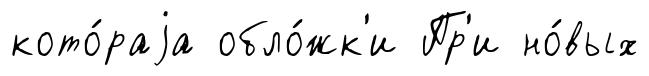
кото́раjа обло́жк'и Пр'и но́вых